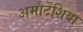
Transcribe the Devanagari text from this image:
अमौर्टेंशिया